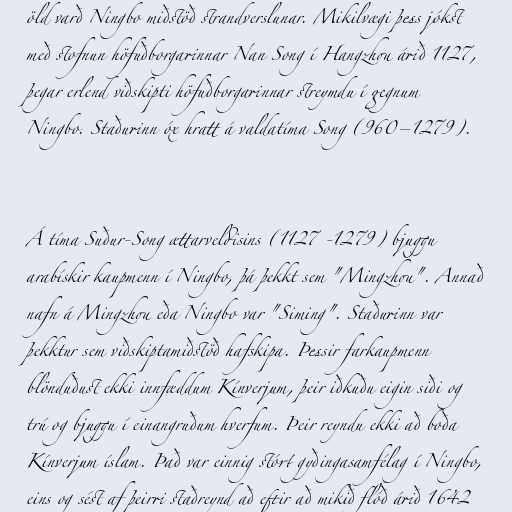
öld varð Ningbo miðstöð strandverslunar. Mikilvægi þess jókst
með stofnun höfuðborgarinnar Nan Song í Hangzhou árið 1127,
þegar erlend viðskipti höfuðborgarinnar streymdu í gegnum
Ningbo. Staðurinn óx hratt á valdatíma Song (960–1279).

Á tíma Suður-Song ættarveldisins (1127 -1279) bjuggu
arabískir kaupmenn í Ningbo, þá þekkt sem "Mingzhou". Annað
nafn á Mingzhou eða Ningbo var "Siming". Staðurinn var
þekktur sem viðskiptamiðstöð hafskipa. Þessir farkaupmenn
blönduðust ekki innfæddum Kínverjum, þeir iðkuðu eigin siði og
trú og bjuggu í einangruðum hverfum. Þeir reyndu ekki að boða
Kínverjum íslam. Það var einnig stórt gyðingasamfélag í Ningbo,
eins og sést af þeirri staðreynd að eftir að mikið flóð árið 1642